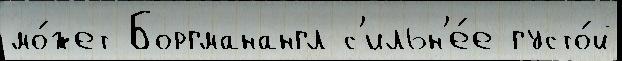
мо́жет Боргманангл с'ильн'е́е густо́й